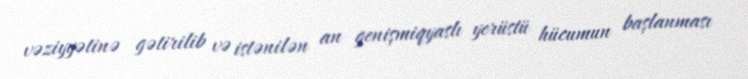
vəziyyətinə gətirilib və istənilən an genişmiqyaslı yerüstü hücumun başlanması